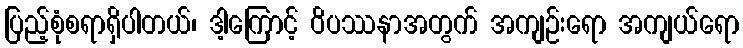
ပြည့်စုံစရာရှိပါတယ်၊ ဒါ့ကြောင့် ဝိပဿနာအတွက် အကျဉ်းရော အကျယ်ရော